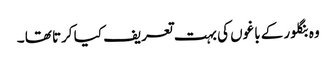
وہ بنگلور کے باغوں کی بہت تعریف کیا کرتا تھا ۔